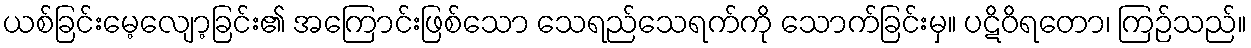
ယစ်ခြင်းမေ့လျော့ခြင်း၏ အကြောင်းဖြစ်သော သေရည်သေရက်ကို သောက်ခြင်းမှ။ ပဋိဝိရတော၊ ကြဉ်သည်။